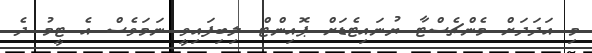
މި އަދަދަށް މެންޗެސްޓާ ޔުނައިޓެޑަށް ޕޮއިންޓް ލިބިފައިވީ ނަމަވެސް އެ ޓީމު ދެ